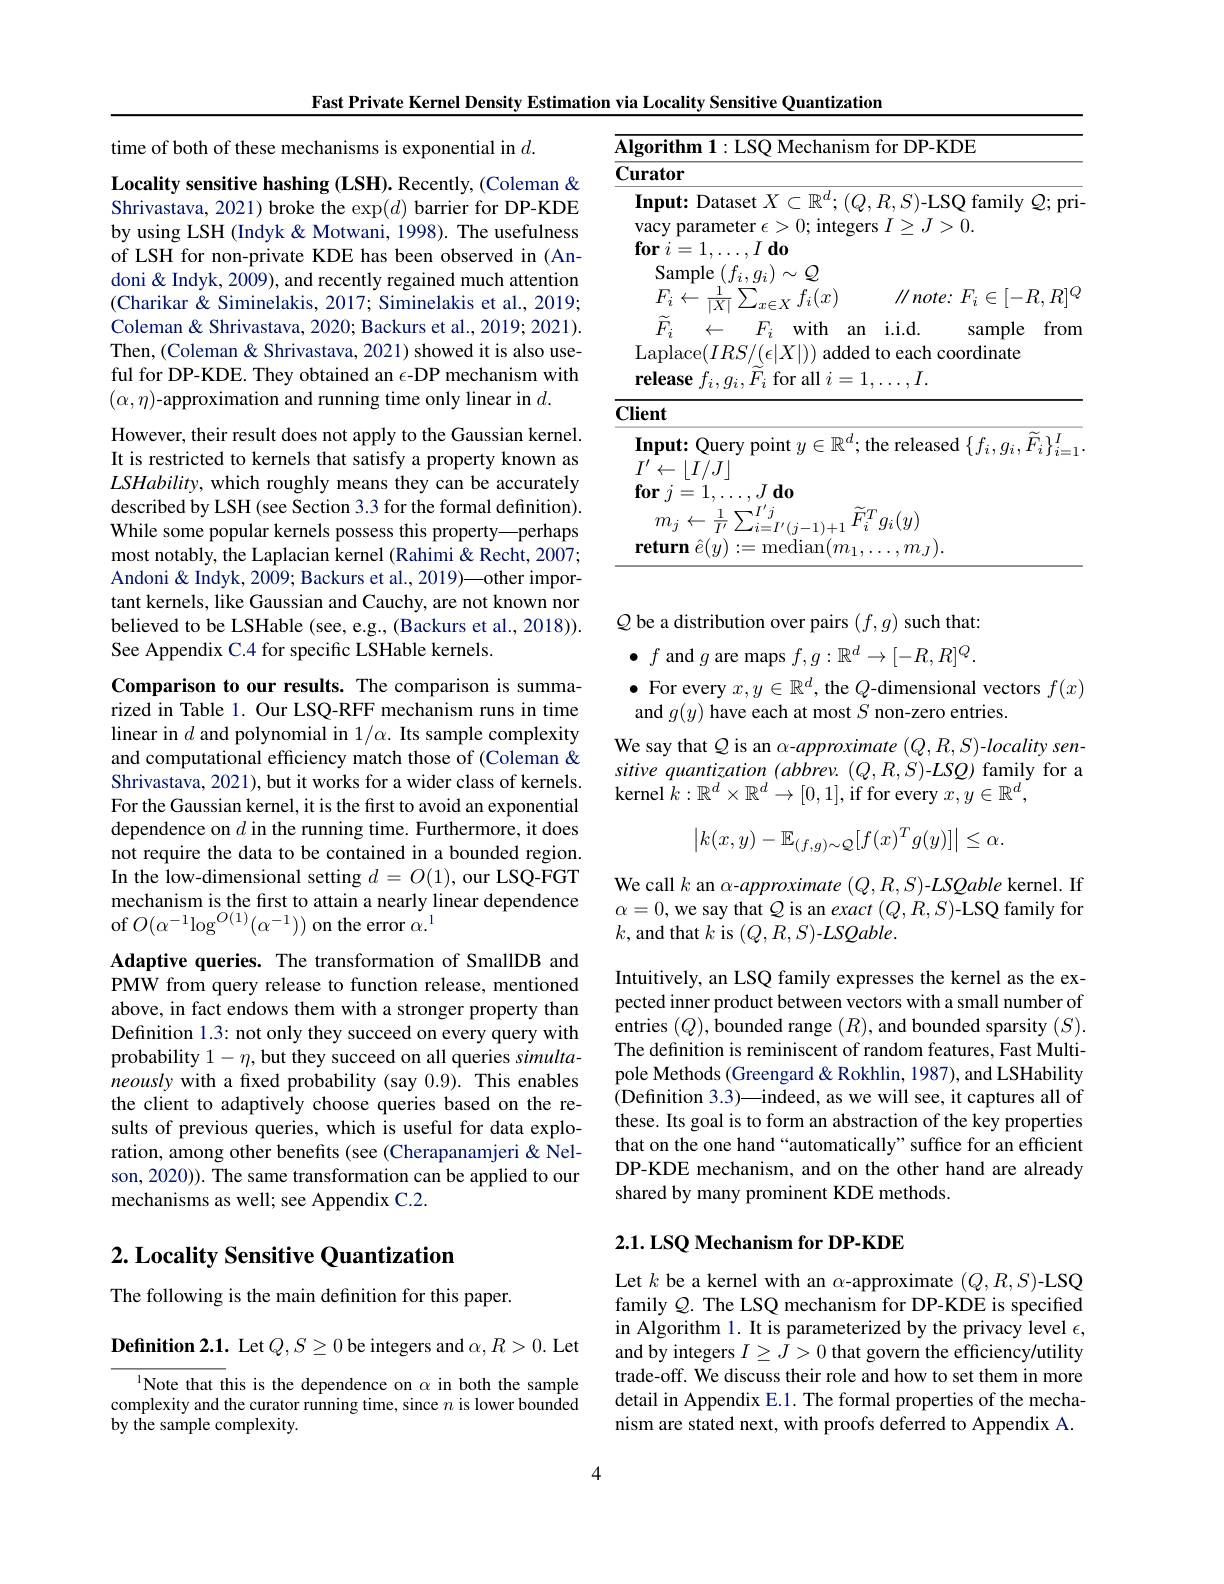
time of both of these mechanisms is exponential in $d.$
Locality sensitive hashing (LSH). Recently, (Coleman & Shrivastava, 2021) broke the $\exp(d)$ barrier for DP-KDE by using LSH (Indyk & Motwani, 1998). The usefulness of LSH for non-private KDE has been observed in (Andoni & Indyk, 2009), and recently regained much attention (Charikar & Siminelakis, 2017; Siminelakis et al., 2019; Coleman& Shrivastava, 2020; Backurs et al., 2019; 2021). Then, (Coleman& Shrivastava, 2021) showed it is also useful for DP-KDE. They obtained an $\epsilon$-DP mechanism with $(\alpha,\eta)$-approximation and running time only linear in $d.$
However, their result does not apply to the Gaussian kernel. It is restricted to kernels that satisfy a property known as $LSHability$, which roughly means they can be accurately described by LSH (see Section 3.3 for the formal definition). While some popular kernels possess this property—perhaps most notably, the Laplacian kernel (Rahimi & Recht, 2007; Andoni & Indyk, 2009; Backurs et al., 2019)—other important kernels, like Gaussian and Cauchy, are not known nor believed to be LSHable (see, e.g., (Backurs et al., 2018)). See Appendix C.4 for specific LSHable kernels.
Comparison to our results. The comparison is summarized in Table 1. Our LSQ-RFF mechanism runs in time linear in $d$ and polynomial in $1/\alpha.$ Its sample complexity and computational efficiency match those of (Coleman & Shrivastava, 2021), but it works for a wider class of kernels. For the Gaussian kernel, it is the first to avoid an exponential dependence on $d$ in the running time. Furthermore, it does not require the data to be contained in a bounded region. In the low-dimensional setting $d=O(1)$, our LSQ-FGT mechanism is the first to attain a nearly linear dependence of $O(\alpha^{-1}\log^{O(1)}(\alpha^{-1}))$ on the error $\alpha.^1$
Adaptive queries. The transformation of SmallDB and PMW from query release to function release, mentioned above, in fact endows them with a stronger property than Definition 1.3: not only they succeed on every query with probability $1-\eta$, but they succeed on all queries simultaneously with a fixed probability (say 0.9). This enables the client to adaptively choose queries based on the results of previous queries, which is useful for data exploration, among other benefits (see (Cherapanamjeri&Nelson, 2020)). The same transformation can be applied to our mechanisms as well; see Appendix C.2.
$2. \textbf{ Locality Sensitive Quantization}$

The following is the main definition for this paper.

Definition 2.1. Let $Q,S\geq0$ be integers and $\alpha,R>0.$ Let

$^{1}$Note that this is the dependence on $\alpha$ in both the sample complexity and the curator running time, since $n$ is lower bounded by the sample complexity.

Fast Private Kernel Density Estimation via Locality Sensitive Quantization
<table>
	<tbody>
		<tr>
			<td>$\overline{A}$</td>
			<td>ifhm for DP- KDF</td>
		</tr>
		<tr>
			<td>$\textbf{( }$</td>
			<td>tor</td>
		</tr>
		<tr>
			<td> </td>
			<td>$\mathbf{ut:~Dataset~}X\subset\mathbb{R}^{d};(Q,R,S$ $S)$-LSQ family $Q;$pri</td>
		</tr>
		<tr>
			<td> </td>
			<td>with an i. i. d. sample from $\operatorname{lace}(IRS/(\epsilon|X|))$ added to each coordinate $\textbf{ease }f_{i}, g_{i}, F_{i}$ for all $i=1,\ldots,I.$</td>
		</tr>
		<tr>
			<td> </td>
			<td>$\mathbf{t}$</td>
		</tr>
		<tr>
			<td> </td>
			<td>$\textbf{out: Query point }y\in \mathbb{R} ^d;$the released $\{f_i,g_i,\tilde{F}_i\}_i=1^I$ ${\div}\lfloor I/J\rfloor$ $. , J$ $\mathbf{d} \mathbf{0}$ $j=1.$</td>
		</tr>
		<tr>
			<td> </td>
			<td>$n_{j}\leftarrow\frac{1}{I^{\prime}}\sum_{i=I^{\prime}(j-1)+1}^{J}$ $\widetilde{F}_{i}^{T}g_{i}(y)$ 一 $\textbf{urn }\hat{e} ( y) : =$median$(m_1$, $,m_{.I}).$</td>
		</tr>
	</tbody>
</table>

$\bullet$ For every $x,y\in\mathbb{R}^d$, the $Q$-dimensional vectors $f(x)$

$Q$ be a distribution over pairs $(f,g)$ such that: $\bullet$ $f$ and $g$ are maps $f,g:\mathbb{R}^d\to[-R,R]^Q.$ and $g(y)$ have each at most $S$ non-zero entries.
We say that $Q$ is an $\alpha$-approximate $(Q,R,S)$-locality sen- $sitivequantization ( abbrev. ( Q, R, S) - LSQ) $family for a kernel $k:\mathbb{R}^d\times\mathbb{R}^d\to[0,1]$,if for every $x,y\in\mathbb{R}^d$,
$$\begin{vmatrix}k(x,y)-\mathbb{E}_{(f,g)\sim\mathcal{Q}}[f(x)^Tg(y)]\end{vmatrix}\leq\alpha.$$
We call $k$ an $\alpha$-approximate $(Q,R,S)$-LSQable kernel. If $\begin{array}{l}{\alpha=0,\text{we say that}Q\mathrm{~is~an~}exact~(Q,R,S)\mathrm{-LSQ~family~for}}\\{l_{\mathrm{e~and~thot~}}l_{\mathrm{e~}}i_{\mathrm{e~}}(O_{\mathrm{~}}D_{\mathrm{~e~}})I_{\mathrm{~e~}}}\end{array}$ $k$,and that $k$ is $(Q,R,S)$-LS$Qable.$

Intuitively, an LSQ family expresses the kernel as the expected inner product between vectors with a small number of entries $(Q)$,bounded range $(R)$,and bounded sparsity $(S).$ The defnition is reminiscent of random features, Fast Multipole Methods (Greengard &Rokhlin, 1987), and LSHability (Definition 3.3)—indeed, as we will see, it captures all of these. Its goal is to form an abstraction of the key properties that on the one hand “automatically”suffice for an efficient DP-KDE mechanism, and on the other hand are already shared by many prominent KDE methods.

## 2.1. LSQ Mechanism for DP-KDE

Let $k$ be a kernel with an $\alpha$-approximate $(Q,R,S)$-LSQ family $Q.$ The LSQ mechanism for DP-KDE is specified in Algorithm 1. It is parameterized by the privacy level $\epsilon$, and by integers $I\geq J>0$ that govern the efficiency/utility trade-off. We discuss their role and how to set them in more detail in Appendix E.1. The formal properties of the mechanism are stated next, with proofs deferred to Appendix A.

4